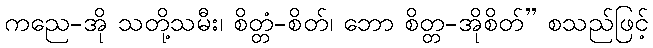
ကညေ-အို သတို့သမီး၊ စိတ္တံ-စိတ်၊ ဘော စိတ္တ-အိုစိတ်” စသည်ဖြင့်